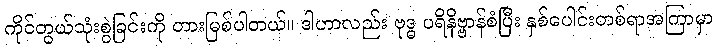
ကိုင်တွယ်သုံးစွဲခြင်းကို တားမြစ်ပါတယ်။ ဒါဟာလည်း ဗုဒ္ဓ ပရိနိဗ္ဗာန်စံပြီး နှစ်ပေါင်းတစ်ရာအကြာမှာ